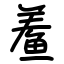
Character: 鲝